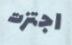
اجتزت